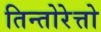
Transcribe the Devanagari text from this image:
तिन्तोरेत्तो